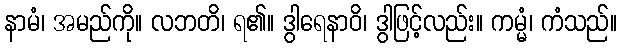
နာမံ၊ အမည်ကို။ လဘတိ၊ ရ၏။ ဒွါရေနာဝိ၊ ဒွါဖြင့်လည်း။ ကမ္မံ၊ ကံသည်။